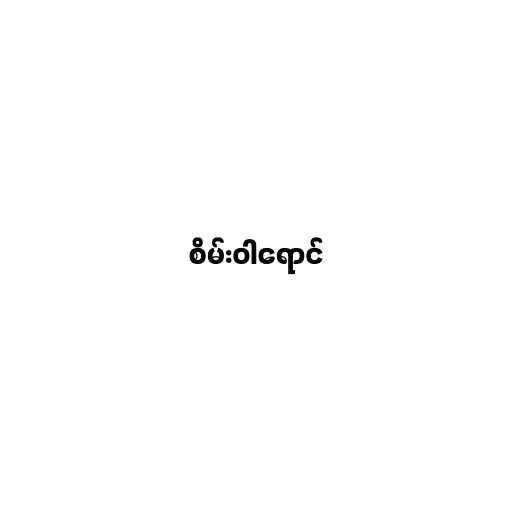
စိမ်းဝါရောင်